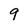
Character: 9